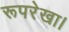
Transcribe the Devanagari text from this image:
रूपरेखा।